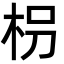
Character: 枴